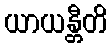
ယာယန္တီတိ